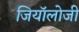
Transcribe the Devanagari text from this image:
जियॉलोजी